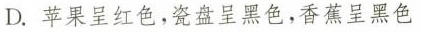
D.苹果呈红色，瓷盘呈黑色，香蕉呈黑色